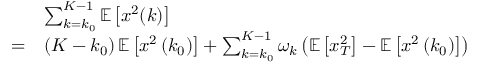
\begin{array} { r l } & { \sum _ { k = k _ { 0 } } ^ { K - 1 } \mathbb { E } \left[ x ^ { 2 } ( k ) \right] } \\ { = } & { \left( K - k _ { 0 } \right) \mathbb { E } \left[ x ^ { 2 } \left( k _ { 0 } \right) \right] + \sum _ { k = k _ { 0 } } ^ { K - 1 } \omega _ { k } \left( \mathbb { E } \left[ x _ { T } ^ { 2 } \right] - \mathbb { E } \left[ x ^ { 2 } \left( k _ { 0 } \right) \right] \right) } \end{array}